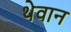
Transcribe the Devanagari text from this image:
थेवान